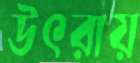
উৎরায়